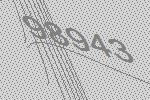
98943